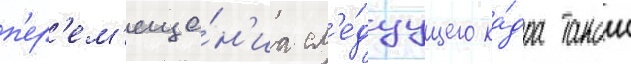
п'ер'ем'еще́н'иа сл'е́дуущего ка́дра такои